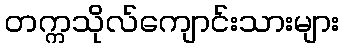
တက္ကသိုလ်ကျောင်းသားများ